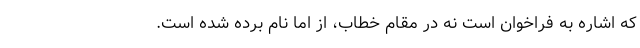
که اشاره به فراخوان است نه در مقام خطاب، از اما نام برده شده است.